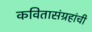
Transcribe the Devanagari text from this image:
कवितासंग्रहांची